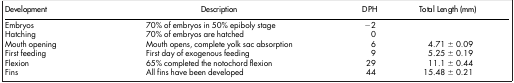
| Development | Description | DPH | Total Length (mm) |
 | --- | --- | --- | --- |
 | Embryos | 70% of embryos in 50% epiboly stage | −2 |  |
 | Hatching | 70% of embryos are hatched | 0 |  |
 | Mouth opening | Mouth opens, complete yolk sac absorption | 6 | 4.71 ± 0.09 |
 | First feeding | First day of exogenous feeding | 9 | 5.25 ± 0.19 |
 | Flexion | 65% completed the notochord flexion | 29 | 11.1 ± 0.44 |
 | Fins | All fins have been developed | 44 | 15.48 ± 0.21 |